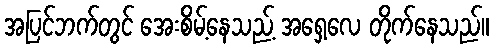
အပြင်ဘက်တွင် အေးစိမ့်နေသည့် အရှေ့လေ တိုက်နေသည်။